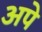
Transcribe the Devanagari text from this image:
अपे